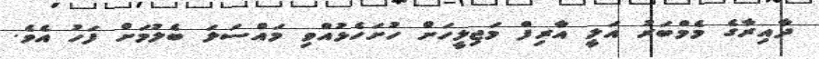
ދާއިރާގެ މެމްބަރު އަލީ އާރިފް މަޖިލީހަށް ހުށަހެޅުއްވި މައްސަލަ ބެލުމަށް ފަހު އެވެ.